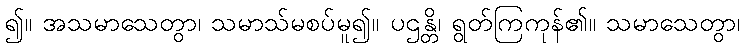
၍။ အသမာသေတွာ၊ သမာသ်မစပ်မူ၍။ ပဌန္တိ၊ ရွတ်ကြကုန်၏။ သမာသေတွာ၊